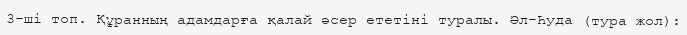
3-ші топ. Құранның адамдарға қалай әсер ететіні туралы. Әл-Һуда (тура жол):